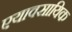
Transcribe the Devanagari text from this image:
एयावसायिक